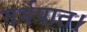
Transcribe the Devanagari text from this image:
गर्भपात।